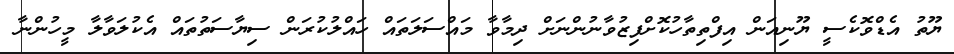
ޔޫތު އެޑްވޮކެސީ ޔޫނިއަން އިފްތިތާހުކޮށްފިޒުވާނުންނަށް ދިމާވާ މައްސަލަތައް ހައްލުކުރަން ސިޔާސަތުތައް އެކުލަވާލާ މީހުންނާ